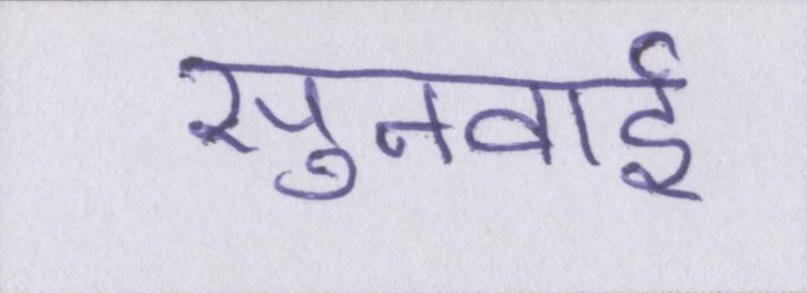
सुनवाई